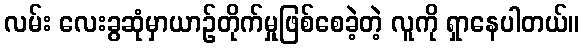
လမ်း လေးခွဆုံမှာယာဉ်တိုက်မှုဖြစ်စေခဲ့တဲ့ လူကို ရှာနေပါတယ်။